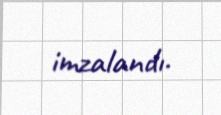
imzalandı.